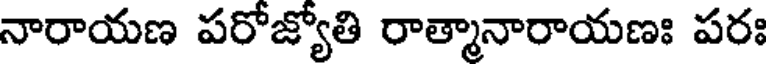
నారాయణ పరోజ్యోతి రాత్మానారాయణః పరః